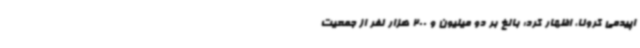
اپیدمی کرونا، اظهار کرد: بالغ بر دو میلیون و 200 هزار نفر از جمعیت